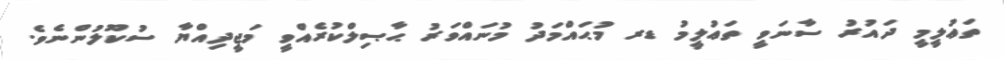
ތަޢުލީމީ ދައުރު ސާނަވީ ތަޢުލީމު ޑރ މުޙައްމަދު މުނައްވަރު ޙާޞިލްކުރެއްވީ މަޖީދިއްޔާ ސުކޫލުންނެވެ.